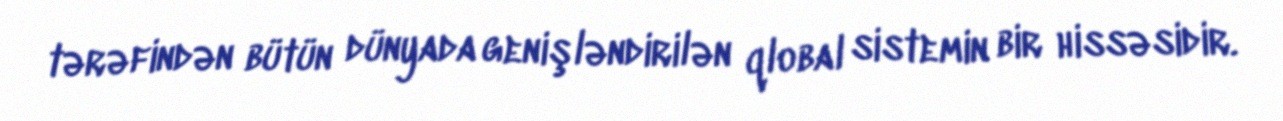
tərəfindən bütün dünyada genişləndirilən qlobal sistemin bir hissəsidir.